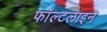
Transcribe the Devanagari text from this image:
फॉल्टलाइन